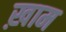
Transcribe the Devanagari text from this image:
ख़ाम